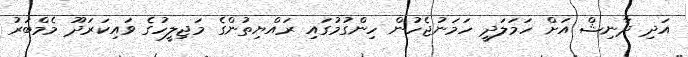
އަދި ދާނިޝް އަށް ހަމަލަދީ ހަމަނުޖެހުން ހިންގުމުގައި ރައްޔިތުންގެ މަޖިލީހުގެ ވައިކަރަދޫ މެމްބަރު